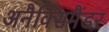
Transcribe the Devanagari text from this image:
अनैक्सिमैंडर